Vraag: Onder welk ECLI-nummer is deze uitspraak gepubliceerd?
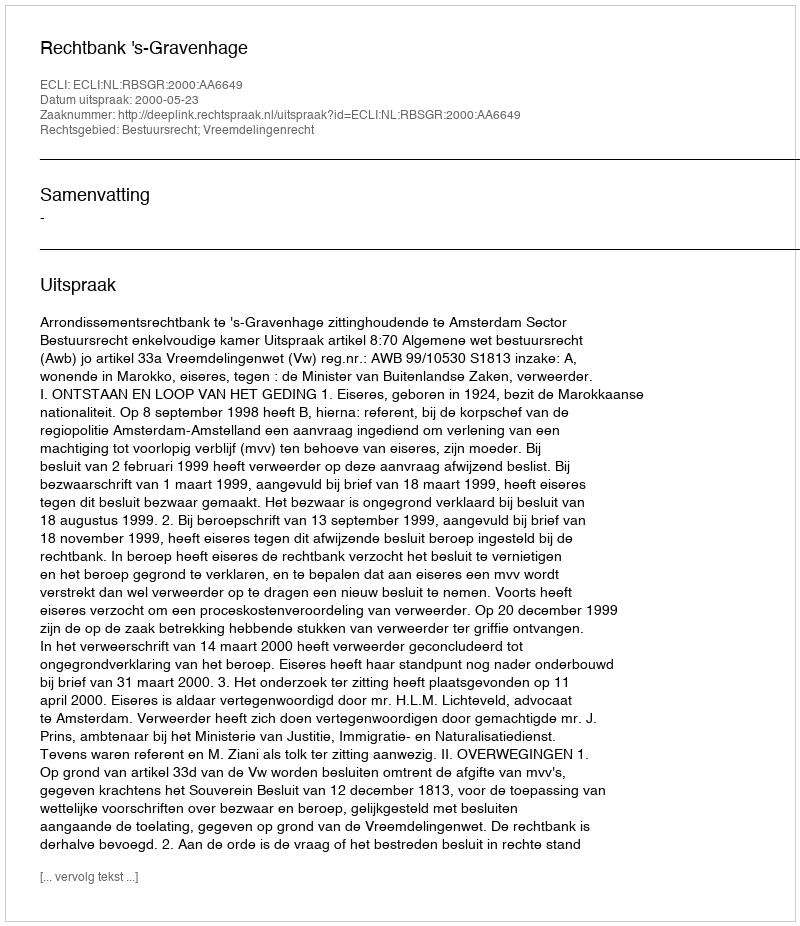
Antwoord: ECLI:NL:RBSGR:2000:AA6649